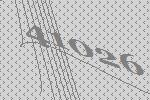
41026